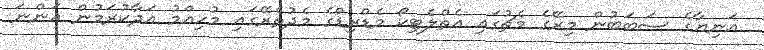
އަނިޔާގެ ސަބަބުން މިރޭގެ މެޗުގައި އެތްލެޓިކޯ މެޑްރިޑްގެ މެދުތެރޭގައި މުހިއްމު އަދާކުރަމުން އަންނަ